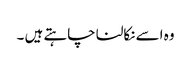
وہ اسے نکالنا چاہتے ہیں ۔